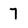
Character: 7